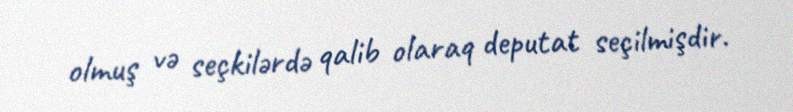
olmuş və seçkilərdə qalib olaraq deputat seçilmişdir.